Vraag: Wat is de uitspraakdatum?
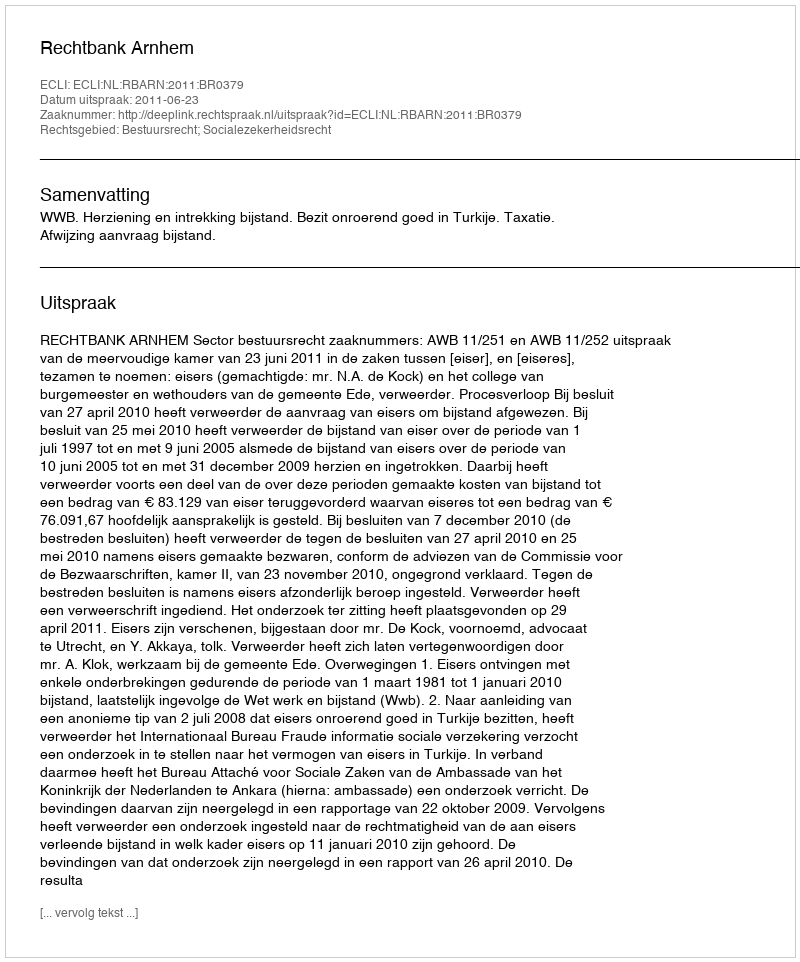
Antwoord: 2011-06-23